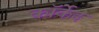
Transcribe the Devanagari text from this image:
कॉर्केद